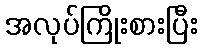
အလုပ်ကြိုးစားပြီး